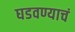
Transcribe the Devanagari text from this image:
घडवण्याचं